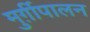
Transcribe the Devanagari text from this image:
मुर्ग़ीपालन